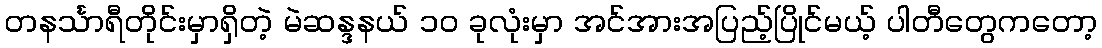
တနင်္သာရီတိုင်းမှာရှိတဲ့ မဲဆန္ဒနယ် ၁၀ ခုလုံးမှာ အင်အားအပြည့်ပြိုင်မယ့် ပါတီတွေကတော့